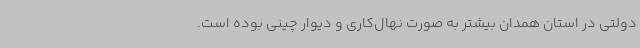
دولتی در استان همدان بیشتر به صورت نهال‌کاری و دیوار چینی بوده است.